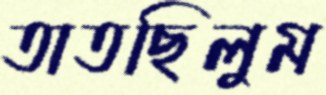
তাতছিলুম